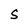
Character: S